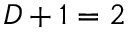
D + 1 = 2